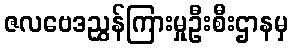
ဇလဗေဒညွှန်ကြားမှုဦးစီးဌာနမှ